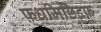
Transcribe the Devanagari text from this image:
फ़धमिछिद्रफ़